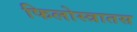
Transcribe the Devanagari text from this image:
फिलोस्त्रातस